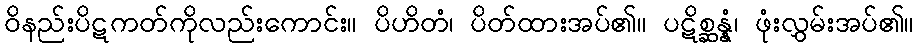
ဝိနည်းပိဋကတ်ကိုလည်းကောင်း။ ပိဟိတံ၊ ပိတ်ထားအပ်၏။ ပဋိစ္ဆန္နံ၊ ဖုံးလွှမ်းအပ်၏။